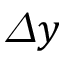
\varDelta y